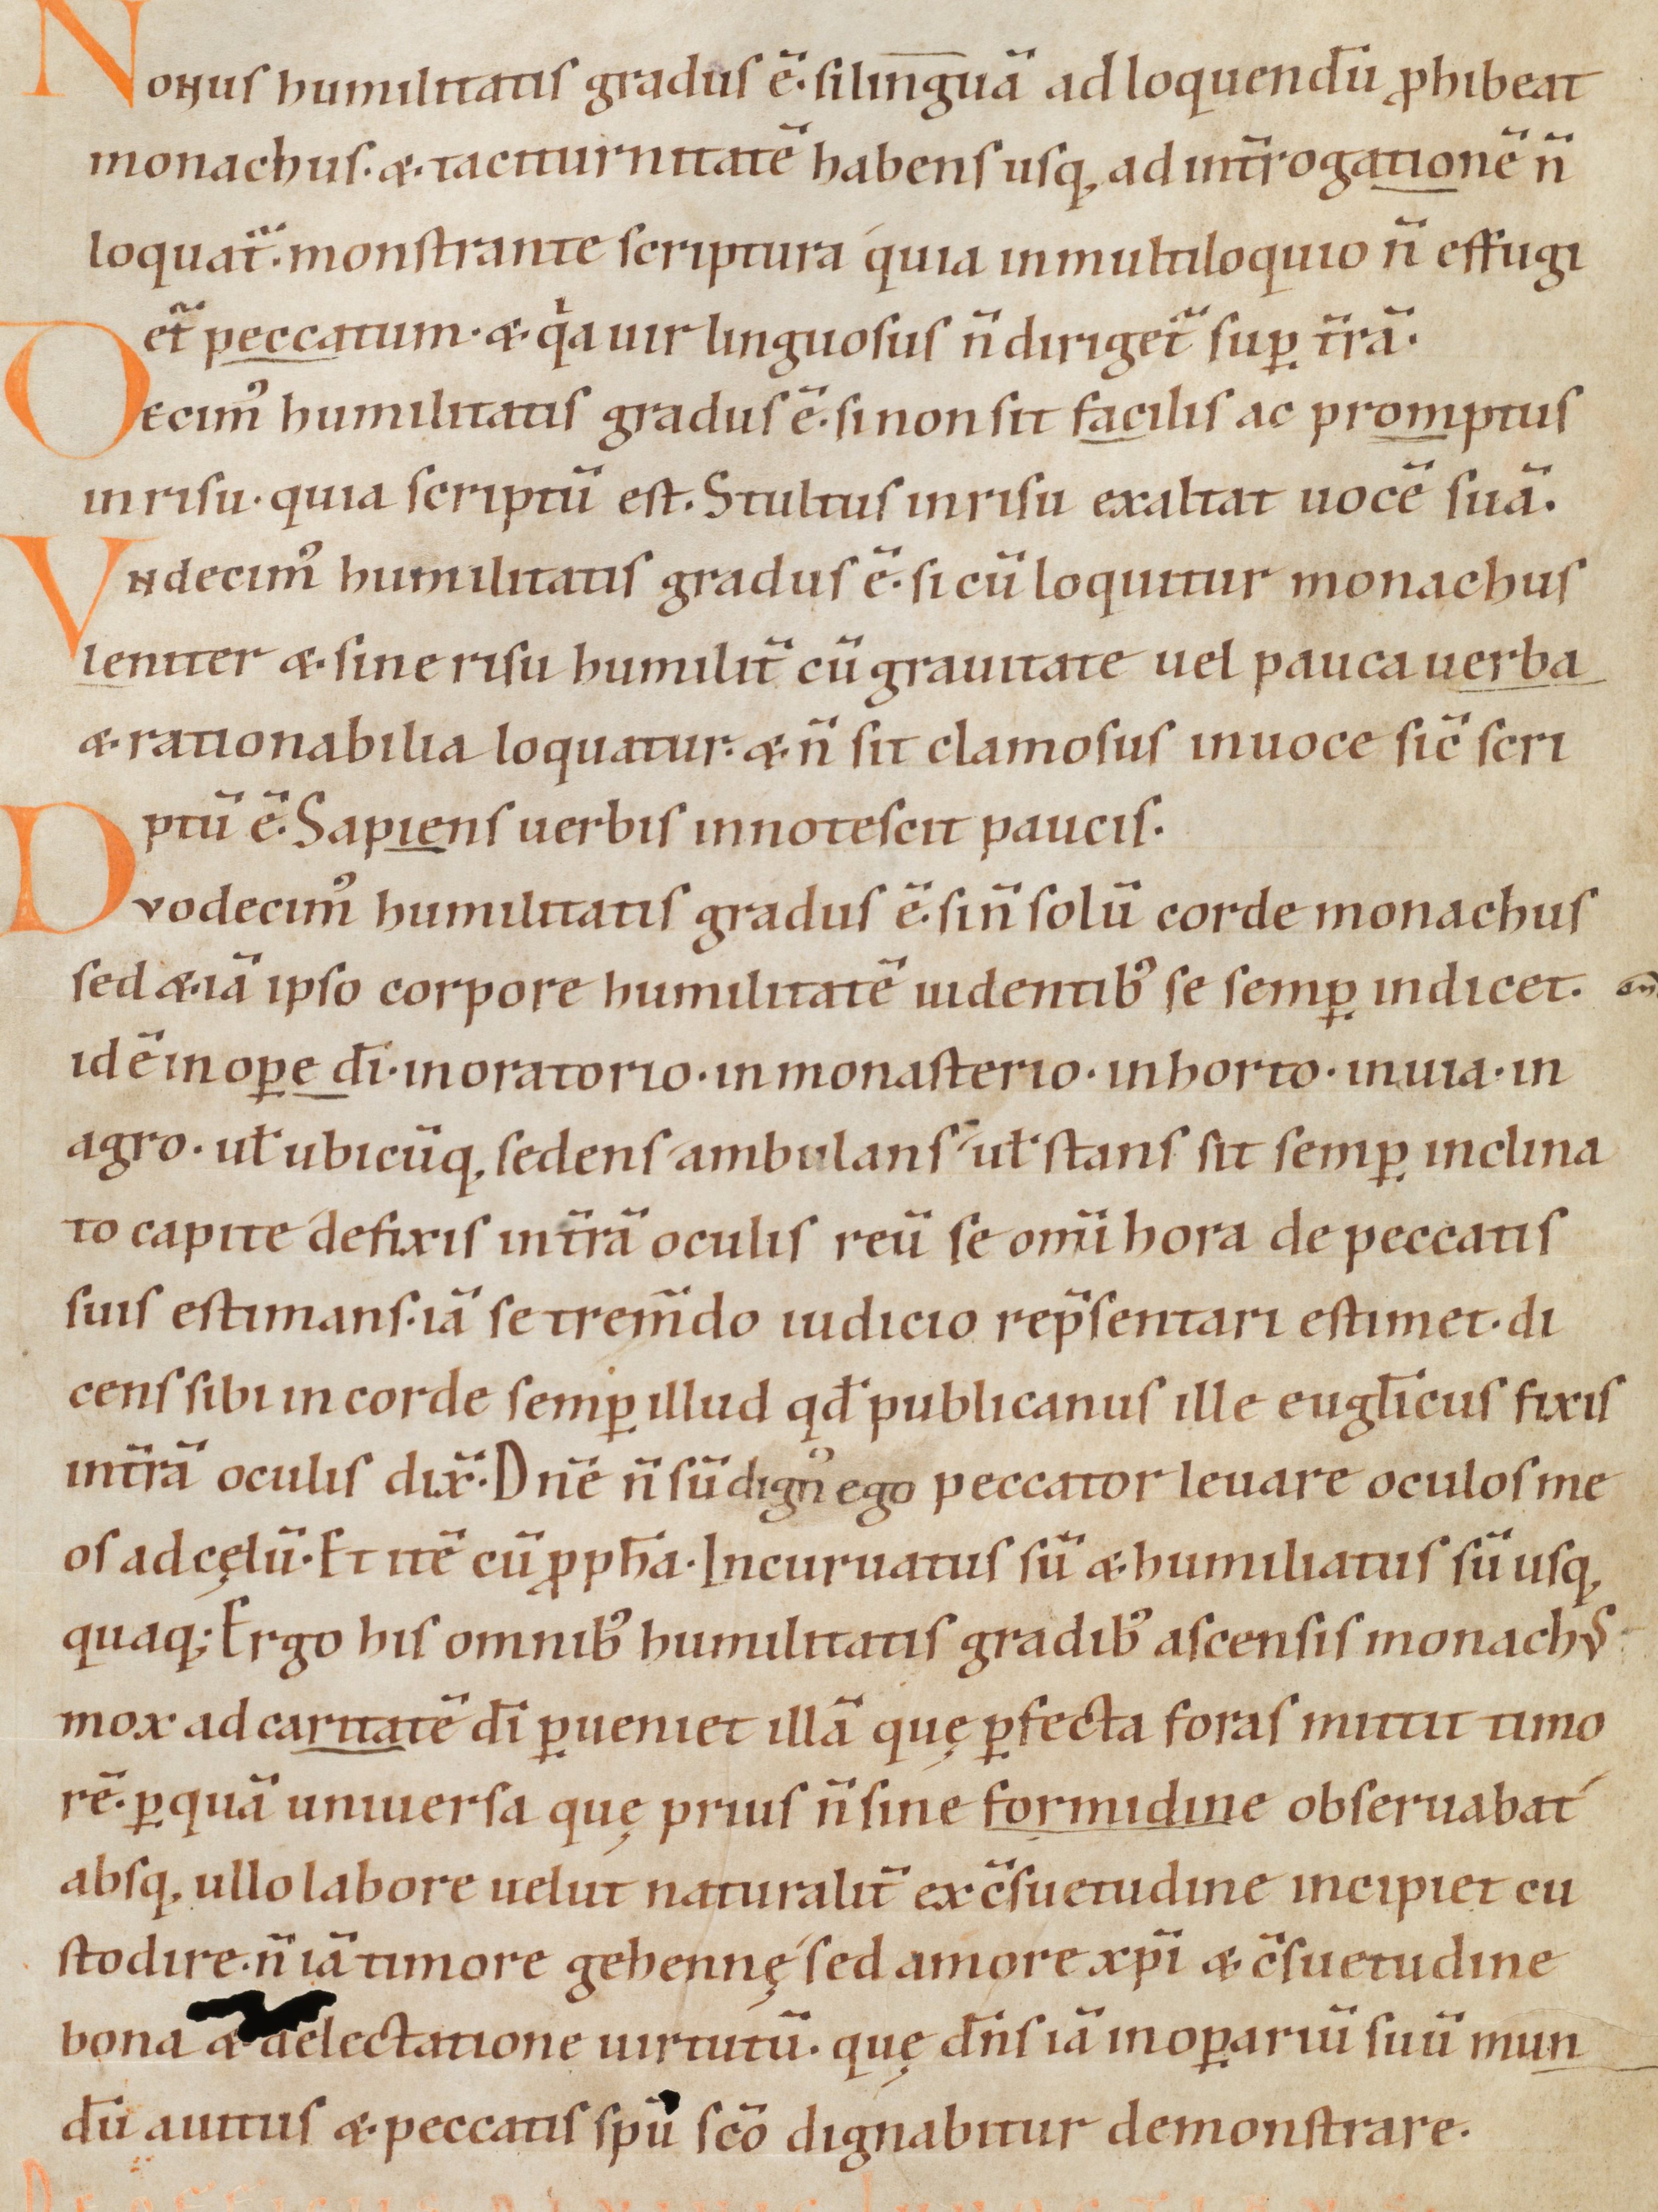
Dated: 1070–1099